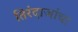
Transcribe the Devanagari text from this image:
तिरंदाजांचा